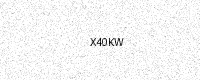
Text: X40KW